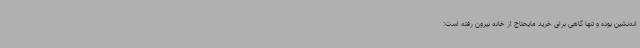
انه‌نشین بوده و تنها گاهی برای خرید مایحتاج از خانه بیرون رفته است: